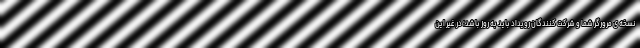
نسخه ی مرورگر شما و شرکت کنندگان رویداد باید به روز باشد؛ در غیر این